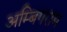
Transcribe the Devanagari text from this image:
अम्बिगराम